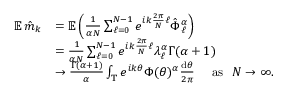
\begin{array} { r l } { { \mathbb E } \, \hat { m } _ { k } } & { = { \mathbb E } \left( \frac { 1 } { \alpha N } \sum _ { \ell = 0 } ^ { N - 1 } e ^ { i k \frac { 2 \pi } { N } \ell } \hat { \Phi } _ { \ell } ^ { \alpha } \right) } \\ & { = \frac { 1 } { \alpha N } \sum _ { \ell = 0 } ^ { N - 1 } e ^ { i k \frac { 2 \pi } { N } \ell } \lambda _ { \ell } ^ { \alpha } \Gamma ( \alpha + 1 ) } \\ & { \to \frac { \Gamma ( \alpha + 1 ) } { \alpha } \int _ { \mathbb T } e ^ { i k \theta } \Phi ( \theta ) ^ { \alpha } \frac { \mathrm { d } \theta } { 2 \pi } \quad \mathrm { ~ a s ~ } \ N \to \infty . } \end{array}